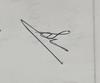
Signature authenticity: genuine